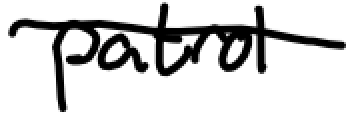
Text: patrol
Cross-out: diagonal
Writing tool: digital_black